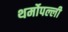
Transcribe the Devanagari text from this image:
थर्मोपल्ली